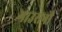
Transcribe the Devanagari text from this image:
गाउसनी